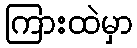
ကြားထဲမှာ